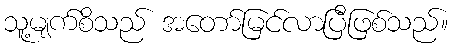
သူ့မျက်စိသည် အတော်မြင်လာပြီဖြစ်သည်။